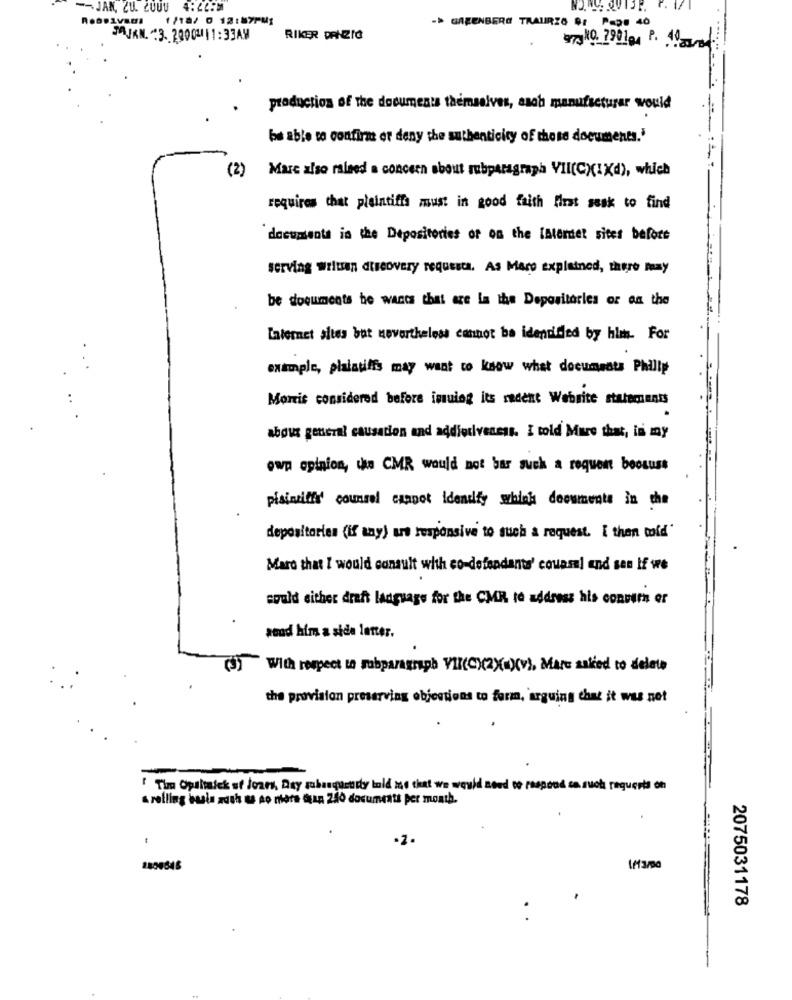
-- JAN, CU. LUUU
4:44PM
1/18/ 0 12:87PM1
-> GREENBERG TRAURIG 0: Pop. 40
MAJAN. 3. 2000 11:33AM
RIKER DANZIG
973 10. 79014 P. 4
production of the documents themselves, asch manufacturar would
be able to confirm or deny the authenticity of those documents."
(2)
Marc also raised a concern about rubparagraph VII(C)(IXd), which
requires that plaintiffa must in good faith first sesk to find
documents in the Depositories of on the Internet sites before
serving written discovery requesta. As Mare explained, there may
be documents he wants that are la the Depositories or on the
Laternet sites but nevertheless cannot be identified by him. For
example, plaintiffs may want to know what documents Philly
Morris considered before inuiog its radent Website statements
about general causation and addiotiveness. I told Mure that, is my
ewp opinion, the CMR would not bar such a request boosuss
pisincidir' counsel cannot identify whink deowmente in che
depositories (if any) urs responsive to such a request. [ then told'
Maro that I would consult with co-defendants' counsel and sen If we
could either draht language for the CMR to address his conver er
send him a side letter.
(3) With respect to rubparagraph Vil(C)(2)(c)(v), Mare asked to delate
the provision preserving objections to form, arguing that it was not
-
' Tim Opultaick st Joars, Aty subsequently told me that we would need to respond sa such requeris oh
a rolling basis auth as no mors quan 240 documents per month.
2075031178